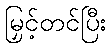
မြှင့်တင်ပြီး